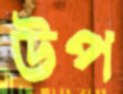
ঊপ